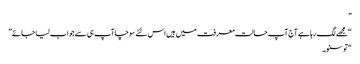
”
“مجھے لگ رہا ہے آج آپ حالت معرفت میں ہیں اس لئے سوچا آپ ہی سے جواب لیا جائے”
“تو سنو۔